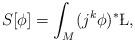
LaTeX: \begin{align*}S[\phi] = \int_M (j^k\phi)^*\L,\end{align*}